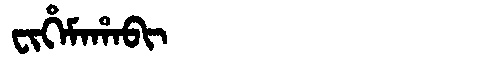
Manchu: ᠸᡳᡥᡝᠮᠠᡥᠠᠪᡳ
Romanization: FIHEMAHABI